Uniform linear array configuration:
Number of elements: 24
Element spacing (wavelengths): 1
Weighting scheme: cosine
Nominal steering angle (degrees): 0
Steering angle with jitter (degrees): -1.849
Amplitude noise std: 0.05
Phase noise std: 0.05

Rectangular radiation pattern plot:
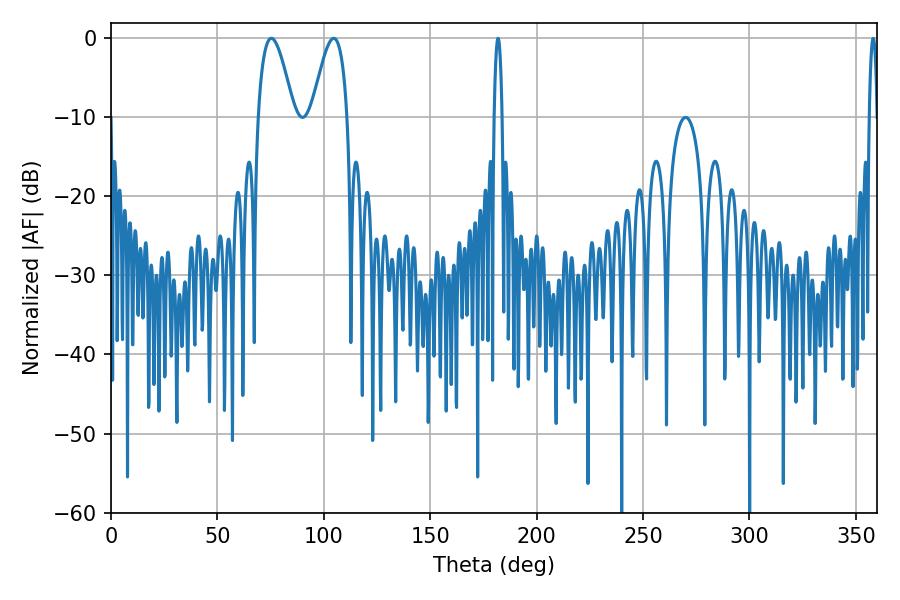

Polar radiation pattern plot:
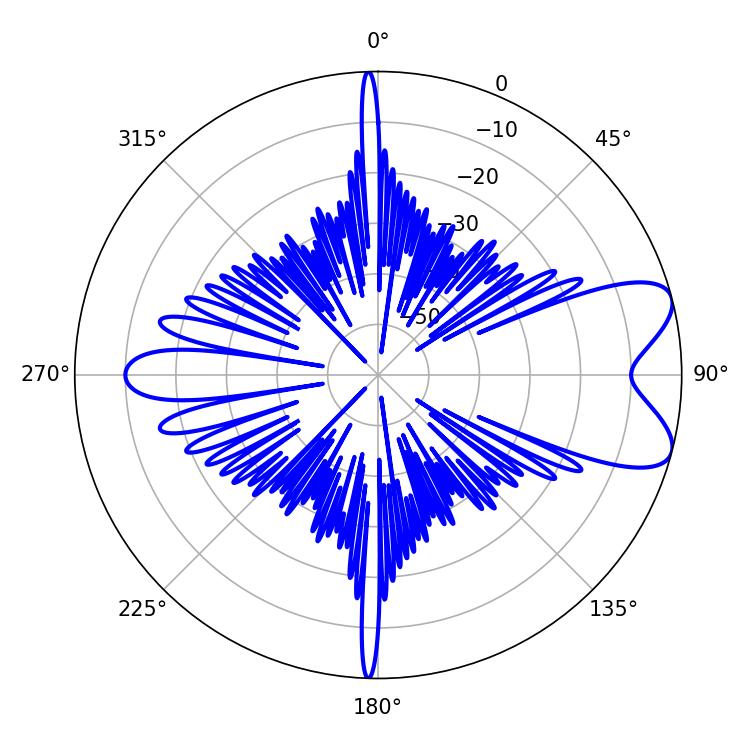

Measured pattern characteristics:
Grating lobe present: TRUE
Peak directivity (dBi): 7.914
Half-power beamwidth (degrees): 9.18
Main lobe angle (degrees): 75.42